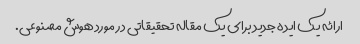
ارائه یک ایده جدید برای یک مقاله تحقیقاتی در مورد هوش مصنوعی.